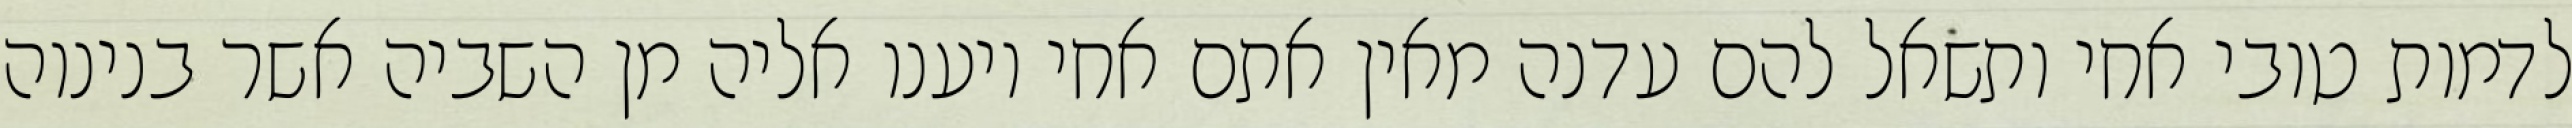
לדמות טובי אחי ותשאל להם עדנה מאין אתם אחי ויענו אליה מן השביה אשר בנינוה